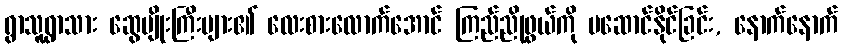
ရွာသူရွာသား ဆွေမျိုးကြီးများ၏ လေးစားလောက်အောင် ကြည်ညိုဖွယ်ကို မဆောင်နိုင်ခြင်း, နောက်နောက်